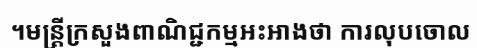
។មន្ត្រីក្រសួងពាណិជ្ជកម្មអះអាងថា ការលុបចោល